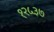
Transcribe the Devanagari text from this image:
१२५३७